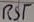
Text: RST